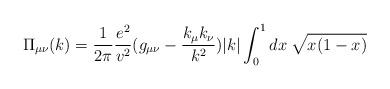
LaTeX: \begin{align*}\Pi_{\mu \nu}(k) = \frac{1}{2 \pi} \frac{e^{2}}{v^{2}} (g_{\mu \nu} - \frac{k_{\mu}k_{\nu} }{k^{2}}) |k| \int_{0}^{1} dx \: \sqrt{x (1 - x)}\end{align*}